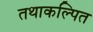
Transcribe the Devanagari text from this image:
तथाकल्पित